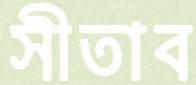
সীতাব